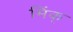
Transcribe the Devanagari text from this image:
मिंक्